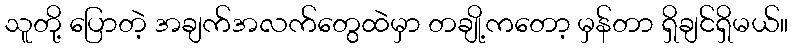
သူတို့ ပြောတဲ့ အချက်အလက်တွေထဲမှာ တချို့ကတော့ မှန်တာ ရှိချင်ရှိမယ်။